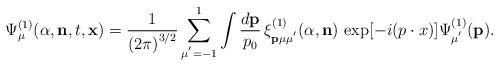
LaTeX: \begin{align*}{\Psi}^{(1)}_{\mu}({\alpha},{\bf n},t,{\bf x})={\frac{1}{{(2\pi)}^{3/2}}}\sum_{\mu^{'}=-1}^{1}\int\frac{d{\bf p}}{p_0}\,{\xi}^{(1)}_{\bf p\mu\mu^{'}}({\alpha},{\bf n})\,\exp[-i(p\cdot{x})]{\Psi}^{(1)}_{\mu^{'}}({\bf p}).\end{align*}